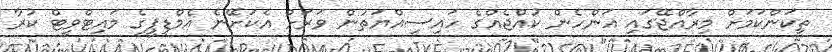
ތިކަންކަމަށް މިރާއްޖޭގައި އަންހެން ކުއްޖެއްގެ ހައިސިއްޔަތުން ވަރަށް އެކަށޭނެ އެމްޑީޕީގެ މައިޓްވީޓް ކުރާ